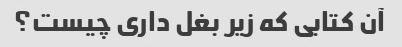
آن کتابی که زیر بغل داری چیست؟